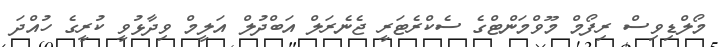
މޯލްޑިވިސް ރިފޯމް މޫވްމަންޓްގެ ސެކްރެޓަރީ ޖެނެރަލް އަބްދުލް އަލީމް ވިދާޅުވީ ކުރީގެ ހުއްދަ